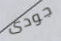
جودى